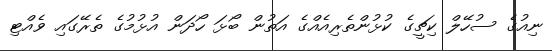
ނިއުގެ ސުހޭލް ކިޗީގެ ކުޅުންތެރިއެއްގެ އަތުން ބޯޅަ ހޯދަން އުޅުމުގެ ތެރޭގައި ވެއްޓި